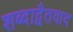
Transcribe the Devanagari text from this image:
शब्दाद्वैतवाद